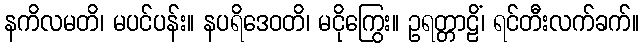
နကိလမတိ၊ မပင်ပန်း။ နပရိဒေဝတိ၊ မငိုကြွေး။ ဥရတ္တာဠိံ၊ ရင်တီးလက်ခက်။